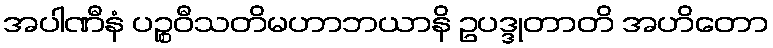
အပါဏီနံ ပဉ္စဝီသတိမဟာဘယာနိ ဥပဒ္ဒုတာတိ အဟိတော